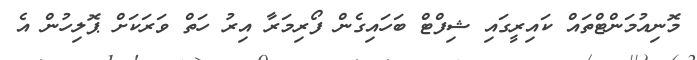
މޮނިއުމަންޓްތައް ކައިރީގައި ޝިފްޓް ބަހައިގެން ފޯރިމަރާ އިރު ހަތް ވަރަކަށް ޕޮލިހުން އެ